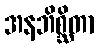
အနဘိစ္ဆိတာ